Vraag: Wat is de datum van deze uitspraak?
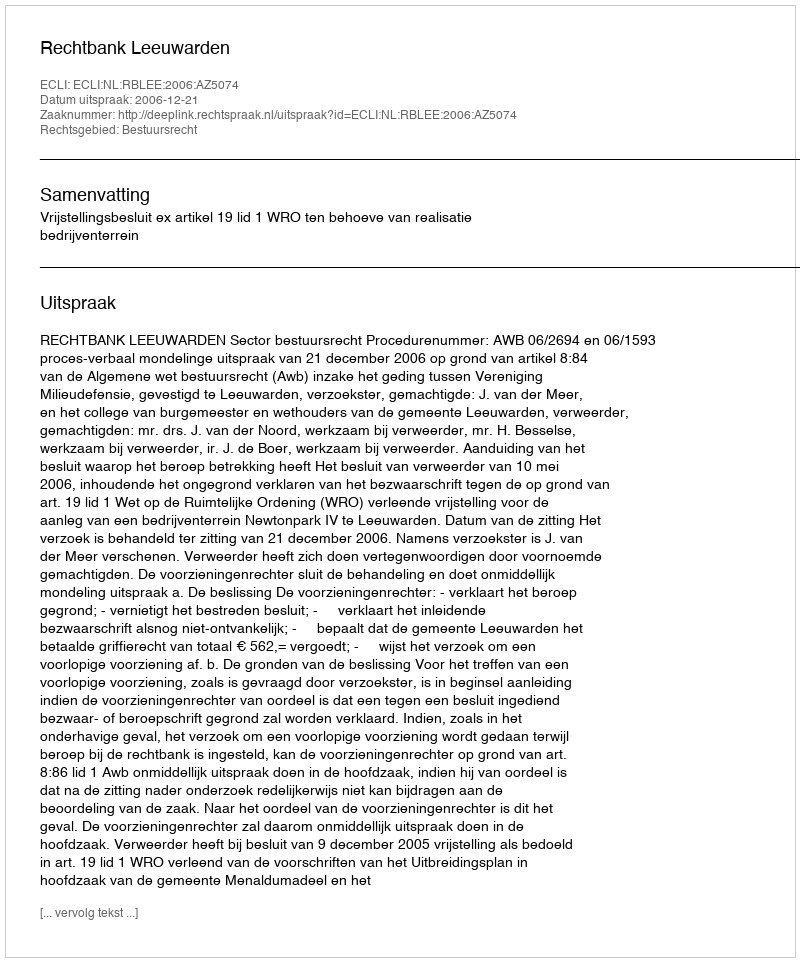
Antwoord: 2006-12-21